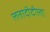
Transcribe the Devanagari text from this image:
लतादीदीला